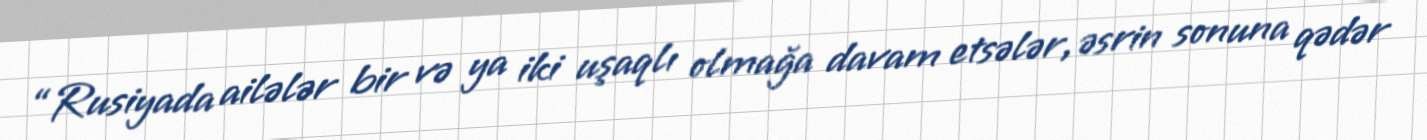
“Rusiyada ailələr bir və ya iki uşaqlı olmağa davam etsələr, əsrin sonuna qədər